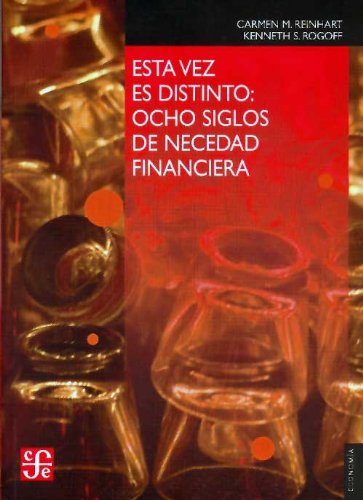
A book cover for Esta vez es distinto. Ocho siglos de necedad financiera. (Seccion de Obras de Economia (Fondo de Cultura Economica)) (Spanish Edition); Carmen M. Reinhart  ; Business & Money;